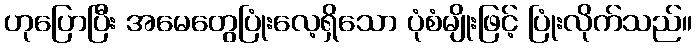
ဟုပြောပြီး အမေတွေပြုံးလေ့ရှိသော ပုံစံမျိုးဖြင့် ပြုံးလိုက်သည်။